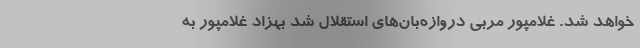
خواهد شد. غلامپور مربی دروازه‌بان‌های استقلال شد بهزاد غلامپور به